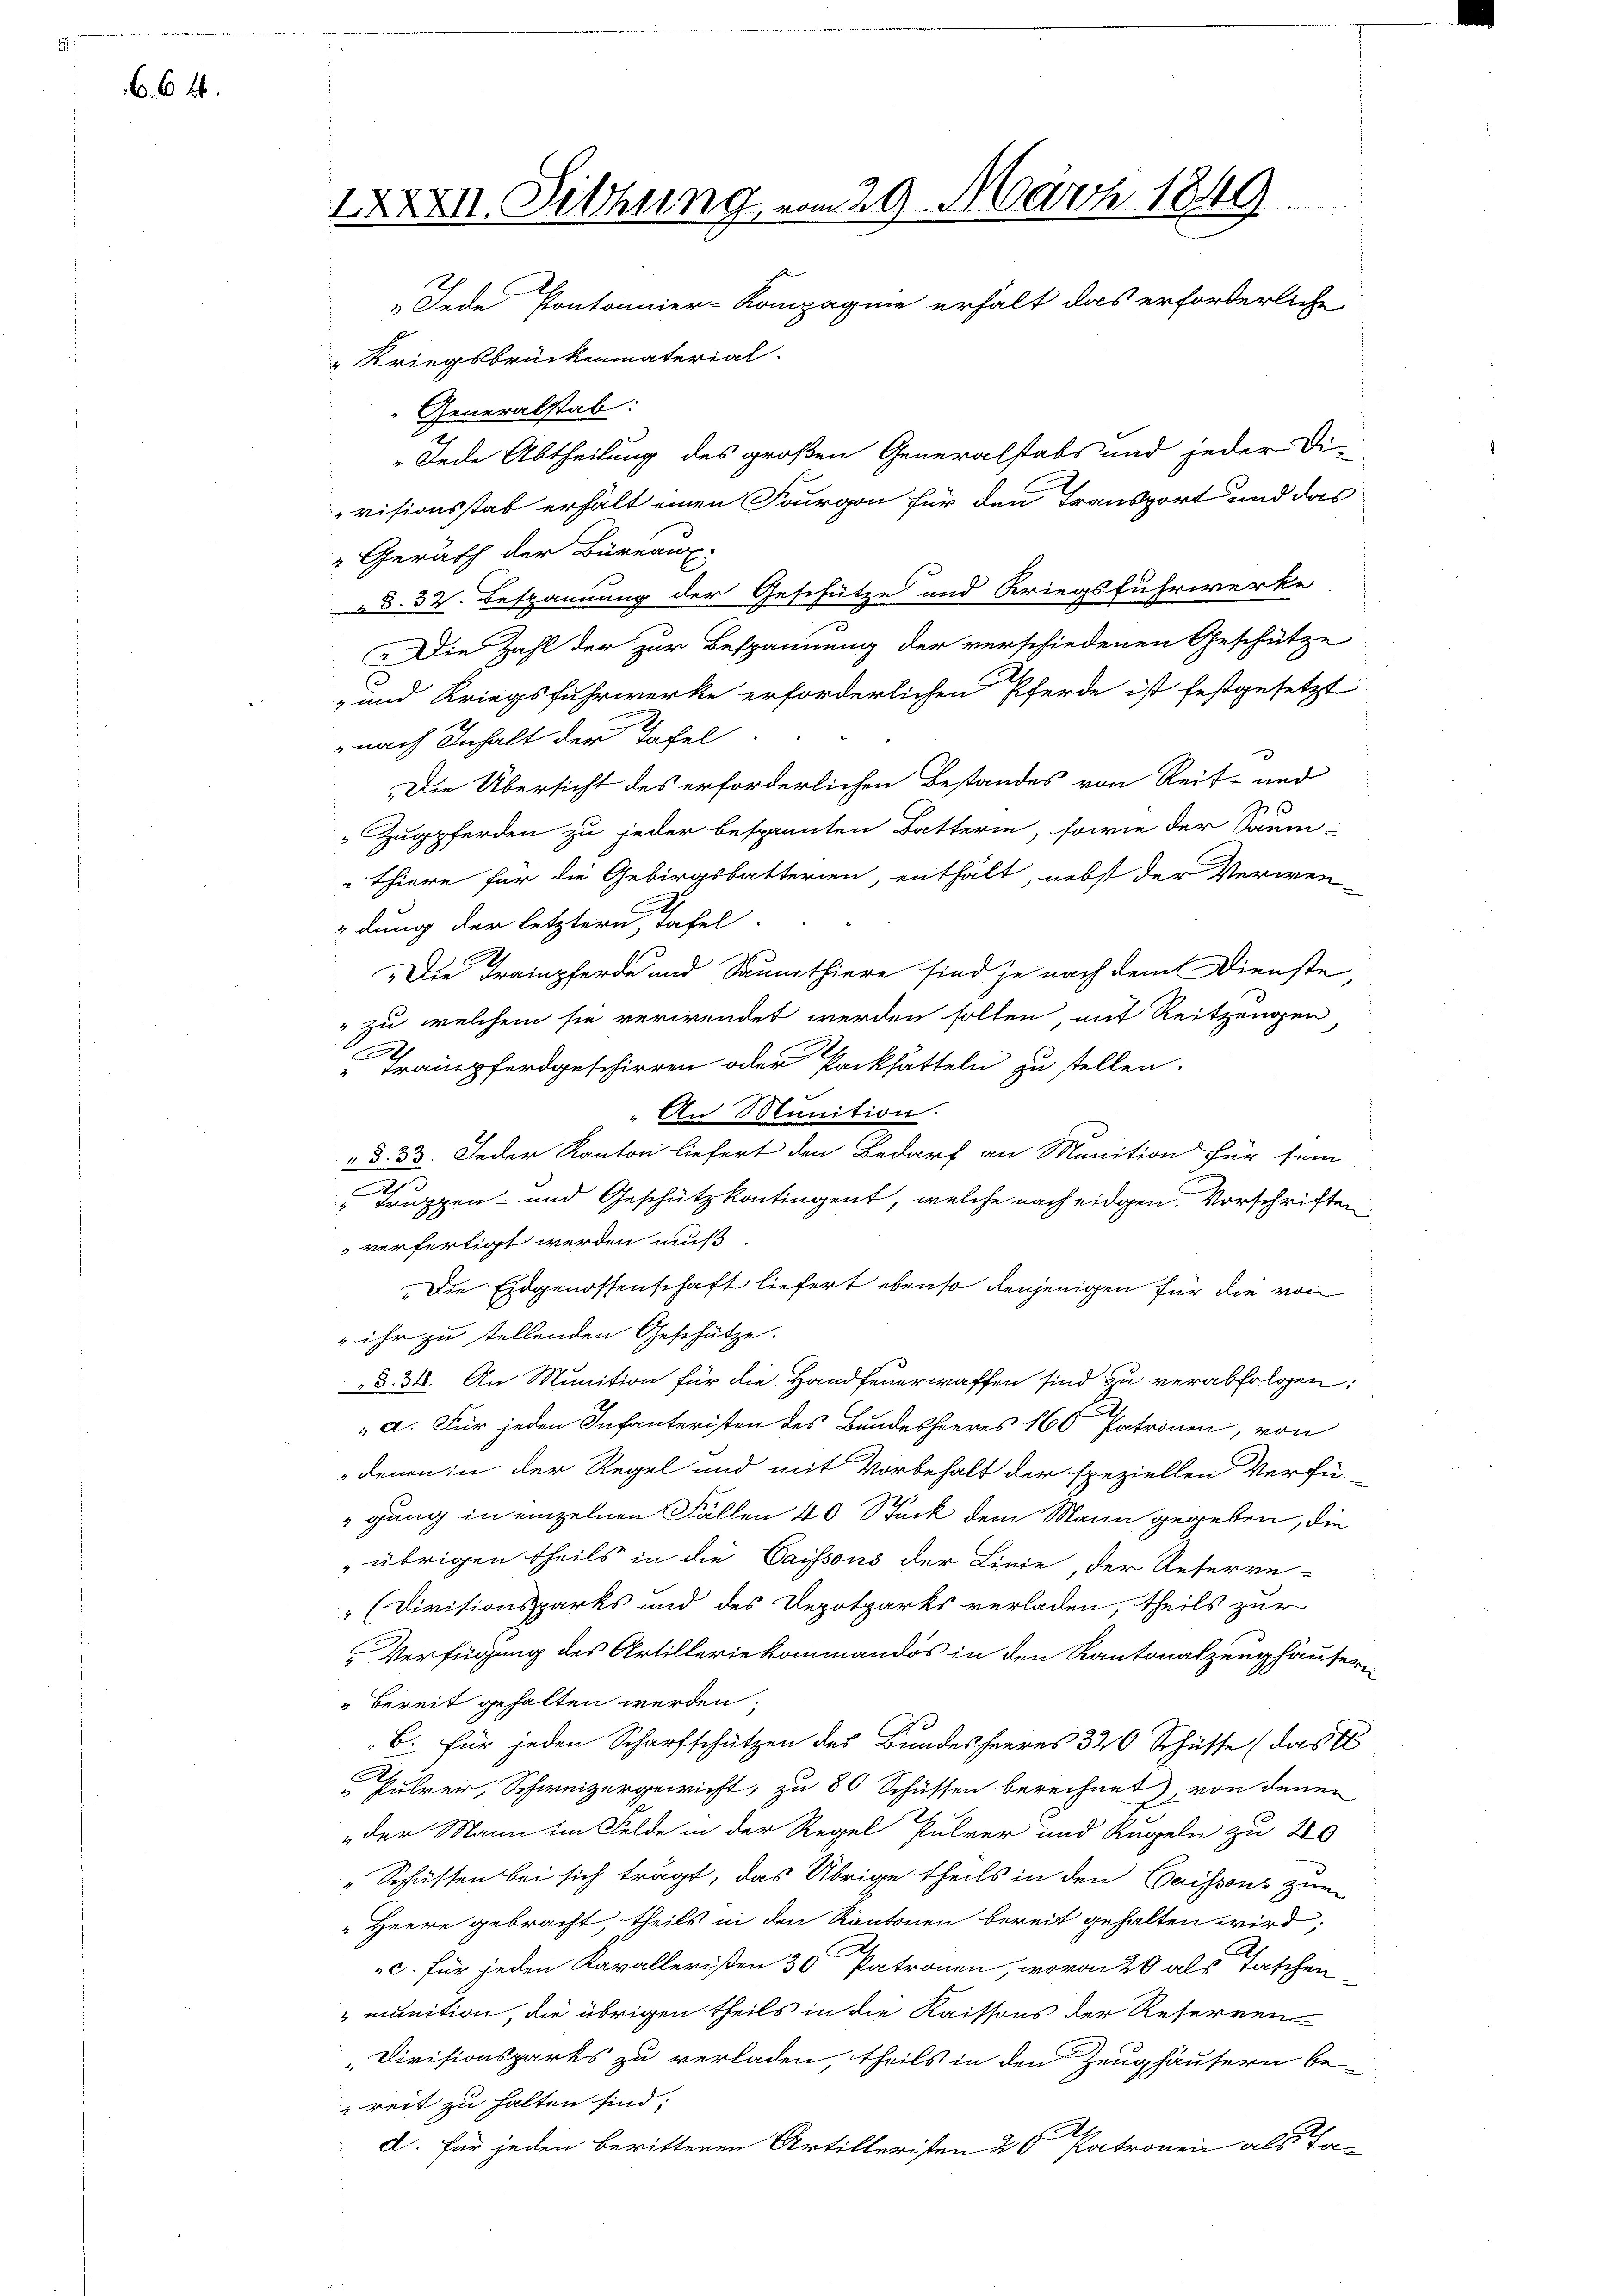
66 f.

IXXXVII. Sitzung vom 29. März 1849
„Jede Pontonnier-Kompagnie erhalt das erforderliche
" Kriegsbrückenmaterial-

" Generalstab:
„Jede Abtheilung des großen Generalstabs und jeder Di-
visionsstab erhält einen Fourgon für den Transport und das
" Gerath der Büreaux
8. 32. Bespannung der Geschütze und Kriegsfuhrwerke
 Die Zahl der zur Bespannung der verschiedenen Geschütze
E
- und Kriegsfuhrwerke erforderlichen Pferde ist festgesetzt
nach Inhalt der Tafel
3
Die Übersicht des erforderlichen Bestandes von Reit- und
Zugpferden zu jeder bespannten Batterin, sowie der Saum-
Thiere für die Gebirgsbatterien, enthält, nebst der Verwendung der letztere Tafel.
Die Trainpferde und Saumthiere sind je nach dem Dienste,
" zu welchem sie verwendet werden sollen, mit Reitzengen
Trampferdgeschirren oder Packhatteln zu stellen.
An Munition.
§. 33. Jeder Kanton liefert den Bedarf an Munition für sein
e
" Truppen- und Geschützkontingent, welche nach eidgen. Vorschriften
 verfertigt werden muß.
Die Eidgenossenschaft liefert ebenso denjenigen für die von
 ihr zu stellenden Geschütze.
§§. 34. An Munition für die Handfeuerwaffen sind zu verabfolgen:
/
2
a. Für jeden Infanteristen des Bundesheeres 160 Patronen, von
denen in der Regel und mit Vorbehalt der speziellen Verfü-
gung in einzelnen Fällen 40 Stück dem Mann gegeben, die
 übrigen theils in die Saissons der Linie, der Reterve-
(Divisionsparks und des Depotparks verladen, theils zur
Verfügung des Artilleriekommandos in den Kantonalzeughäuser¬
" bereit gehalten werden.
B. für jeden Scharfschützen des Bundesheeres 320 Schüsse (das
Pulrer, Schweizergewicht, zu 80 Schüssen berechnet von denen
der Mann im Felde in der Regel Pulver und Rugeln zu 20
" Schusten bei sich trägt, das Übrige theils in den Caissons zum
"Herre gebracht, theils in den Kantonen bereit gehalten wird,
c. für jeden Karalleristen 30 Patronen, wovon 20 als Taschen
munition, die übrigen theils in die Kaissons der Reserren
Divisionsparks zu verladen, theils in den Zeughäusern be-
reit zu halten sind.
d. Für jeden berittenen Artilleristen 20 Patronen als Ta-